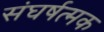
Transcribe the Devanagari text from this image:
संघर्षत्मक